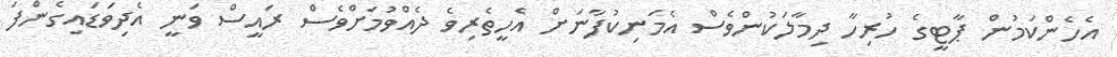
އެހެންކަމުން ޕާޓީގެ ހުރިހާ ދިމާލަކުންވެސް އެމަނިކުފާނަށް އެހީތެރިވެ ދެއްވުމަށްވެސް ރައީސް ވަނީ އެދިވަޑައިގެންފަ